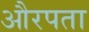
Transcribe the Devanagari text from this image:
औरपता